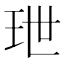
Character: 玴